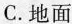
C.地面